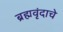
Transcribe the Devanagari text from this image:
ब्रह्मवृंदाचे